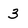
Character: 3